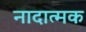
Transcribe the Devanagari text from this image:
नादात्मक